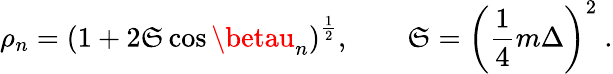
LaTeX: \rho_{n}=\left(1+2\mathfrak{S}\cos\betau_{n}\right)^{\frac{{1}}{{2}}},\qquad\mathfrak{S}=\left({\frac{{1}}{{4}}}m\Delta\right)^{2}\ .